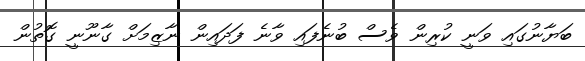
ބަޔާނުގައި ވަނީ ކުރިން ވެސް ބުނެފައި ވާނެ ފަދައިން ނާޒިމަށް ގާނޫނީ ގޮތުން